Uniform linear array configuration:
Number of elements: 24
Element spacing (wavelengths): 0.25
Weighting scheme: hann
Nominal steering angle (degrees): -45
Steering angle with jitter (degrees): -43.469
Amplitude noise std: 0.05
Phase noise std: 0.05

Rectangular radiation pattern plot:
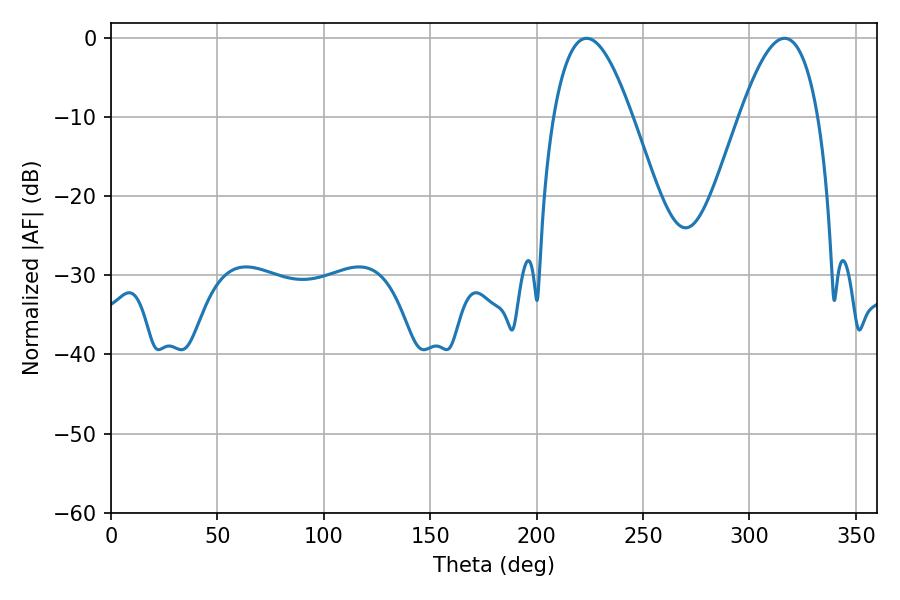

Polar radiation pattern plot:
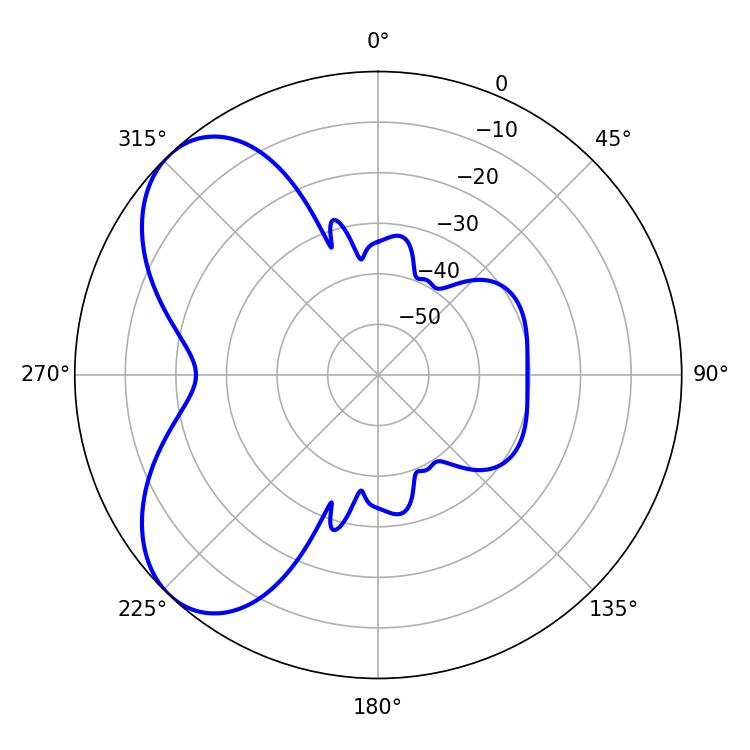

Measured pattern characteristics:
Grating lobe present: FALSE
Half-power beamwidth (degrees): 19.98
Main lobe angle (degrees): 223.56